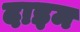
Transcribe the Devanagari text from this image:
दाइम